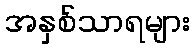
အနှစ်သာရများ